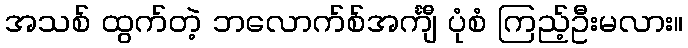
အသစ် ထွက်တဲ့ ဘလောက်စ်အင်္ကျီ ပုံစံ ကြည့်ဦးမလား။